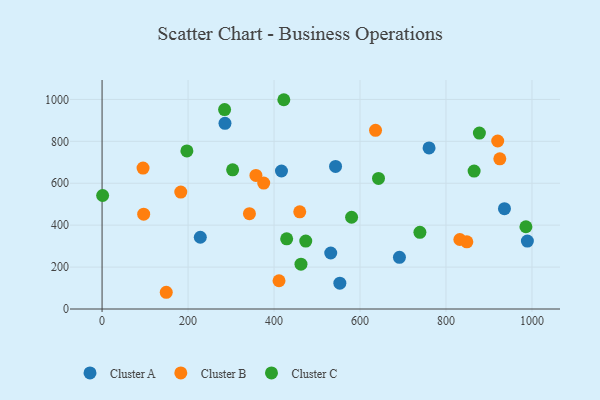
{"axis": {"x": "Speed", "y": "Rating"}, "legend": ["Cluster A", "Cluster B", "Cluster C"], "data": [{"x": "531.9", "y": 267.3, "type": "Cluster A"}, {"x": "285.9", "y": 885.9, "type": "Cluster A"}, {"x": "228.5", "y": 342.4, "type": "Cluster A"}, {"x": "989.3", "y": 324.2, "type": "Cluster A"}, {"x": "417.3", "y": 658.6, "type": "Cluster A"}, {"x": "543.1", "y": 680.2, "type": "Cluster A"}, {"x": "936.0", "y": 478.6, "type": "Cluster A"}, {"x": "760.6", "y": 768.8, "type": "Cluster A"}, {"x": "691.7", "y": 246.5, "type": "Cluster A"}, {"x": "553.1", "y": 123.0, "type": "Cluster A"}, {"x": "920.3", "y": 801.6, "type": "Cluster B"}, {"x": "95.3", "y": 672.3, "type": "Cluster B"}, {"x": "459.8", "y": 463.5, "type": "Cluster B"}, {"x": "376.0", "y": 600.7, "type": "Cluster B"}, {"x": "925.2", "y": 716.8, "type": "Cluster B"}, {"x": "848.5", "y": 320.6, "type": "Cluster B"}, {"x": "636.1", "y": 852.5, "type": "Cluster B"}, {"x": "96.8", "y": 452.7, "type": "Cluster B"}, {"x": "357.9", "y": 637.6, "type": "Cluster B"}, {"x": "342.8", "y": 455.0, "type": "Cluster B"}, {"x": "832.2", "y": 331.7, "type": "Cluster B"}, {"x": "149.3", "y": 79.8, "type": "Cluster B"}, {"x": "183.1", "y": 557.7, "type": "Cluster B"}, {"x": "411.6", "y": 134.9, "type": "Cluster B"}, {"x": "285.0", "y": 951.5, "type": "Cluster C"}, {"x": "473.8", "y": 324.3, "type": "Cluster C"}, {"x": "739.3", "y": 366.0, "type": "Cluster C"}, {"x": "877.7", "y": 839.6, "type": "Cluster C"}, {"x": "1.3", "y": 541.6, "type": "Cluster C"}, {"x": "580.4", "y": 437.9, "type": "Cluster C"}, {"x": "643.0", "y": 623.0, "type": "Cluster C"}, {"x": "865.4", "y": 658.0, "type": "Cluster C"}, {"x": "197.3", "y": 754.5, "type": "Cluster C"}, {"x": "422.8", "y": 998.6, "type": "Cluster C"}, {"x": "429.4", "y": 334.7, "type": "Cluster C"}, {"x": "985.9", "y": 392.4, "type": "Cluster C"}, {"x": "462.7", "y": 214.1, "type": "Cluster C"}, {"x": "303.7", "y": 664.3, "type": "Cluster C"}]}